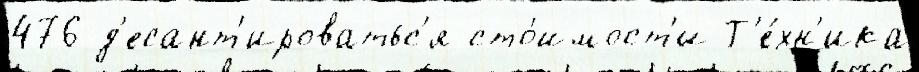
476 д'есант'ироватьс'я сто́имост'и Т'е́хн'ика